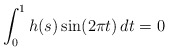
\begin{align*}\int_{0}^{1} h(s)\sin(2\pi t)\,dt = 0\end{align*}